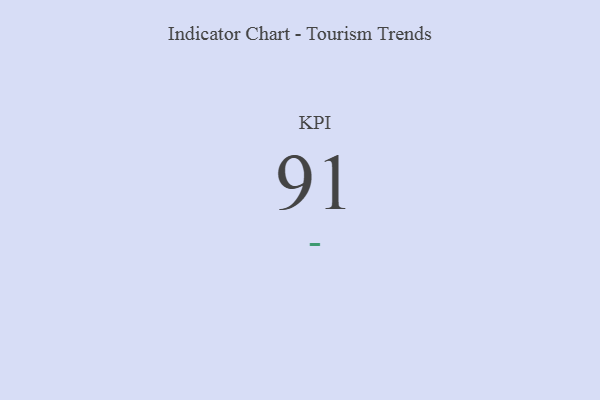
{"axis": {"x": "KPI", "y": "Value"}, "legend": [""], "data": [{"x": "KPI", "y": 91, "type": ""}]}